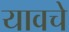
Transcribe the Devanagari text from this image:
यावचे